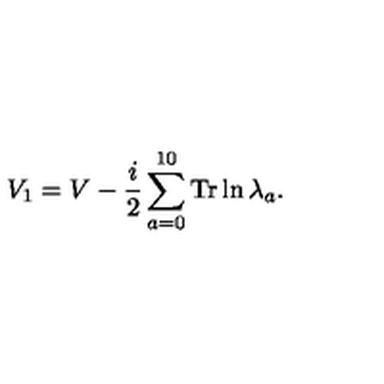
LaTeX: V _ { 1 } = V - { \frac { i } { 2 } } \sum _ { a = 0 } ^ { 1 0 } \mathrm { T r } \ln \lambda _ { a } .